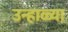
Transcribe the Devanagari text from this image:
उन्हाळ्या